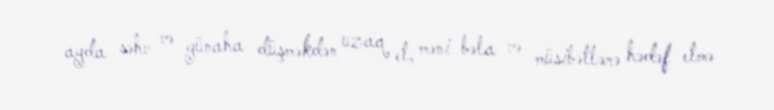
ayda səhv və günaha düşməkdən uzaq et, məni bəla və müsibətlərə hədəf etmə